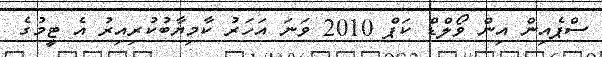
ސްޕެއިން އިން ވޯލްޑް ކަޕް 2010 ވަނަ އަހަރު ކާމިޔާބުކުރިިއިރު އެ ޓީމުގެ